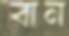
বান